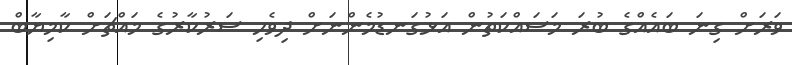
ވަރަށް ގިނަ ބައެއްގެ ބުރަ މަސައްކަތުން އަޅުގަނޑުމެންނަށް ދިވެހި ސަރުކާރުގެ މައްޗަށް ކާމިޔާބް